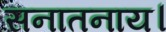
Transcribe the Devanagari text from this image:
सनातनाय।